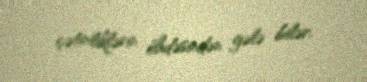
çətinliklərin öhdəsindən gələ bilər.